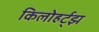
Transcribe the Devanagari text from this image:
किलोहर्ट्‌झ